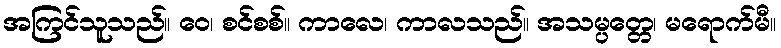
အကြင်သူသည်။ ဝေ၊ စင်စစ်။ ကာလေ၊ ကာလသည်။ အသမ္ပတ္တေ၊ မရောက်မီ။